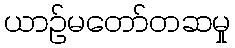
ယာဉ်မတော်တဆမှု